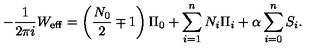
- \frac { 1 } { 2 \pi i } W _ { \mathrm { e f f } } = \left( \frac { N _ { 0 } } { 2 } \mp 1 \right) \Pi _ { 0 } + \sum _ { i = 1 } ^ { n } N _ { i } \Pi _ { i } + \alpha \sum _ { i = 0 } ^ { n } S _ { i } .